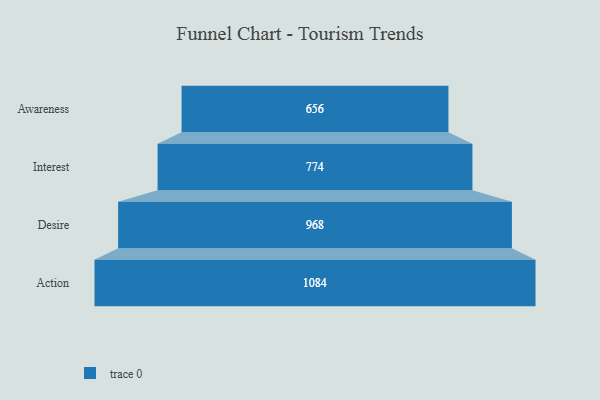
{"axis": {"x": "Stage", "y": "Value"}, "legend": [""], "data": [{"x": "Awareness", "y": 656.0, "type": ""}, {"x": "Interest", "y": 774.0, "type": ""}, {"x": "Desire", "y": 968.0, "type": ""}, {"x": "Action", "y": 1084.0, "type": ""}]}